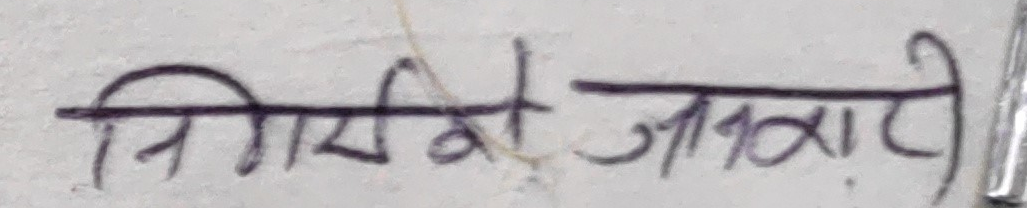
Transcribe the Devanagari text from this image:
निर्माण जानकारी